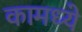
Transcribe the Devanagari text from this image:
कामध्ये